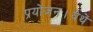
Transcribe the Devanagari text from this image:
प्रयोजन।येथें